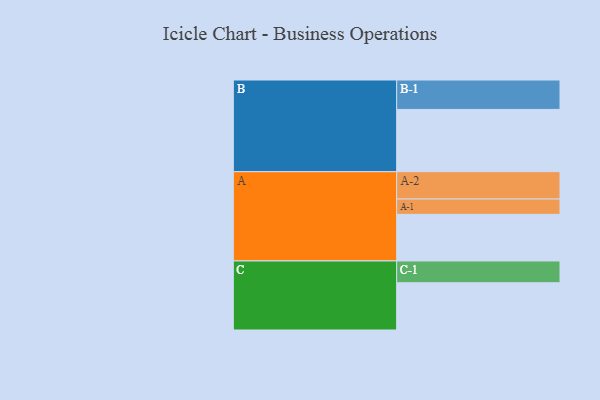
{"axis": {"x": "Segment", "y": "Value"}, "legend": ["", "A", "B", "C"], "data": [{"x": "A", "y": 426, "type": ""}, {"x": "B", "y": 569, "type": ""}, {"x": "C", "y": 432, "type": ""}, {"x": "A-1", "y": 140, "type": "A"}, {"x": "A-2", "y": 250, "type": "A"}, {"x": "B-1", "y": 269, "type": "B"}, {"x": "C-1", "y": 199, "type": "C"}]}